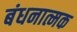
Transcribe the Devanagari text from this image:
बंधनात्मक